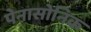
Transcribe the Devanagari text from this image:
पेनासोनिक